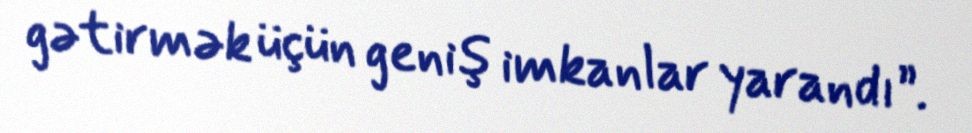
gətirmək üçün geniş imkanlar yarandı”.